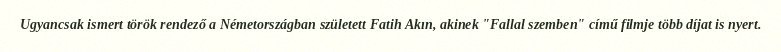
Ugyancsak ismert török rendező a Németországban született Fatih Akın, akinek "Fallal szemben" című filmje több díjat is nyert.